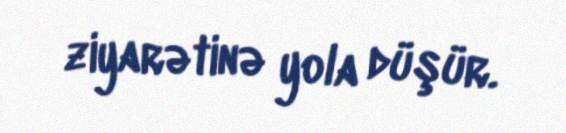
ziyarətinə yola düşür.